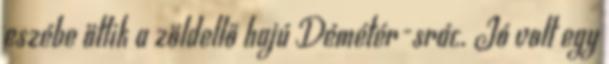
eszébe ötlik a zöldellő hajú Démétér-srác. Jó volt egy